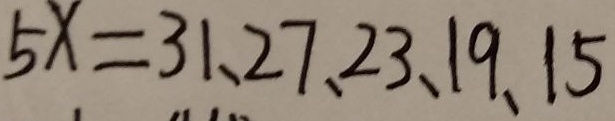
5 x = 3 1 , 2 7 , 2 3 , 1 9 , 1 5